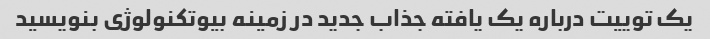
یک توییت درباره یک یافته جذاب جدید در زمینه بیوتکنولوژی بنویسید